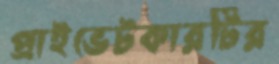
প্রাইভেটকারটির